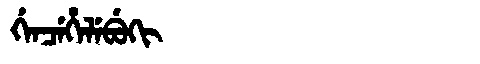
Manchu: ᡤᡝᠨᠴᡝᡥᡝᠯᡝᠪᡠᡴᡳ
Romanization: GENCEHELEBUKI